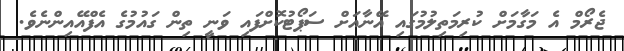
ޖެރޯމް އެ މަގާމަށް ކުރިމަތިލުމުގައި އޭނާއަށް ސަޕޯޓުކޮށްފައި ވަނީ ތިން ގައުމުގެ އެފްއޭއިންނެވެ.